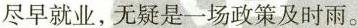
尽早就业，无疑是一场政策及时雨。